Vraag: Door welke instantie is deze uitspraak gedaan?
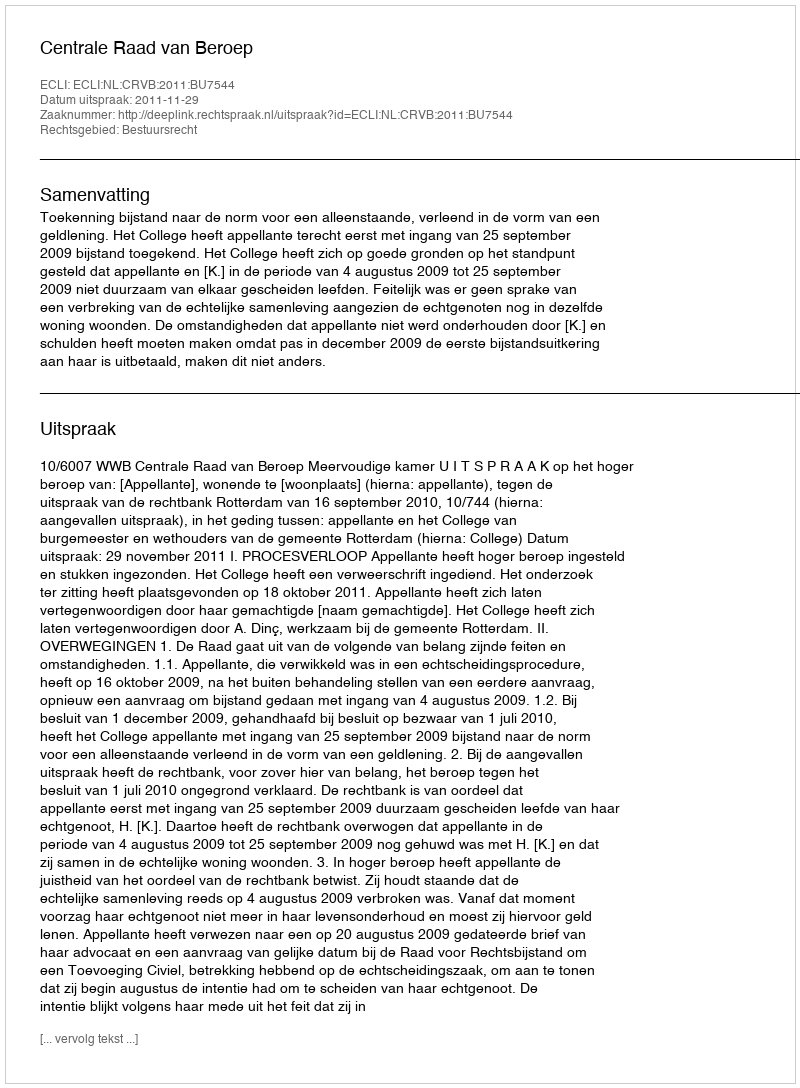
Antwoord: Centrale Raad van Beroep